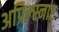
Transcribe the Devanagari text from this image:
अप्रिल्स्नार